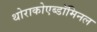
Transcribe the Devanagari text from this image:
थोराकोएब्डॉमिनल